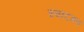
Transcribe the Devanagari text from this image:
स्वादगरु